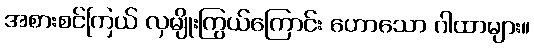
အစားစင်ကြယ် လှမျိုးကြွယ်ကြောင်း ဟောသော ဂါထာများ။